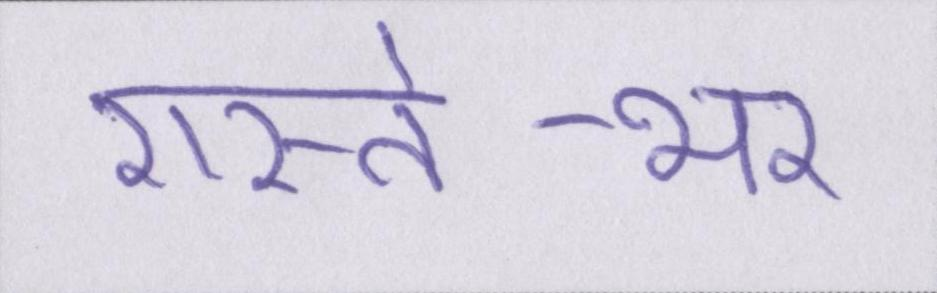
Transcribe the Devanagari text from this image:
रास्ते-भर